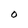
Character: O